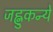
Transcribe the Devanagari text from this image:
जह्नुकन्ये